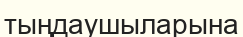
тыңдаушыларына